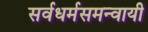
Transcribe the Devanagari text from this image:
सर्वधर्मसमन्‍वायी